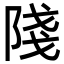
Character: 䧖